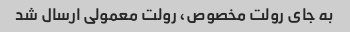
به جای رولت مخصوص، رولت معمولی ارسال شد